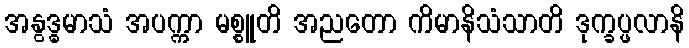
အနွဒ္ဓမာသံ အပက္ကာ မစ္စူတိ အညတော ကိမာနိသံသာတိ ဒုက္ခပ္ဖလာနိ